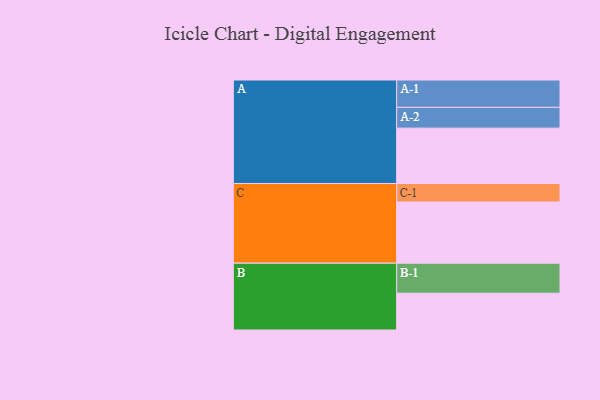
{"axis": {"x": "Segment", "y": "Value"}, "legend": ["", "A", "B", "C"], "data": [{"x": "A", "y": 498, "type": ""}, {"x": "B", "y": 331, "type": ""}, {"x": "C", "y": 551, "type": ""}, {"x": "A-1", "y": 246, "type": "A"}, {"x": "A-2", "y": 187, "type": "A"}, {"x": "B-1", "y": 270, "type": "B"}, {"x": "C-1", "y": 166, "type": "C"}]}